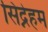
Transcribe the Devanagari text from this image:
सिद्नेहम